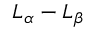
L _ { \alpha } - L _ { \beta }